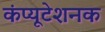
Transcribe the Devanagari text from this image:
कंप्यूटेशनक